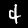
Digit: 4